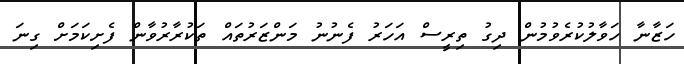
ހަޒާނާ ހަވާލުކުރެވުމުން ދިގު ތިރީސް އަހަރު ފެނުނު މަންޒަރުތައް ތަކުރާރުވާން ފެށިކަމަށް ގިނަ